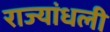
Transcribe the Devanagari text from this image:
राज्यांधली